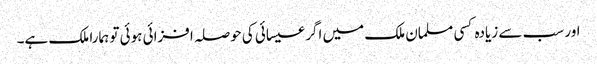
اور سب سے زیادہ کسی مسلمان ملک میں اگر عیسائی کی حوصلہ افزائی ہوئی تو ہمارا ملک ہے۔